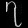
Digit: ၇